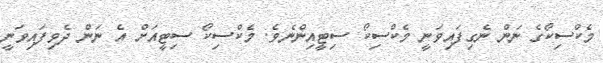
މެކްސިކޯގެ ނަން ނެގިފައިވަނީ މެކްސިކޯ ސިޓީއިންނެވެ. މެކްސިކޯ ސިޓީއަށް އެ ނަން ދެވިފައިވަނީ